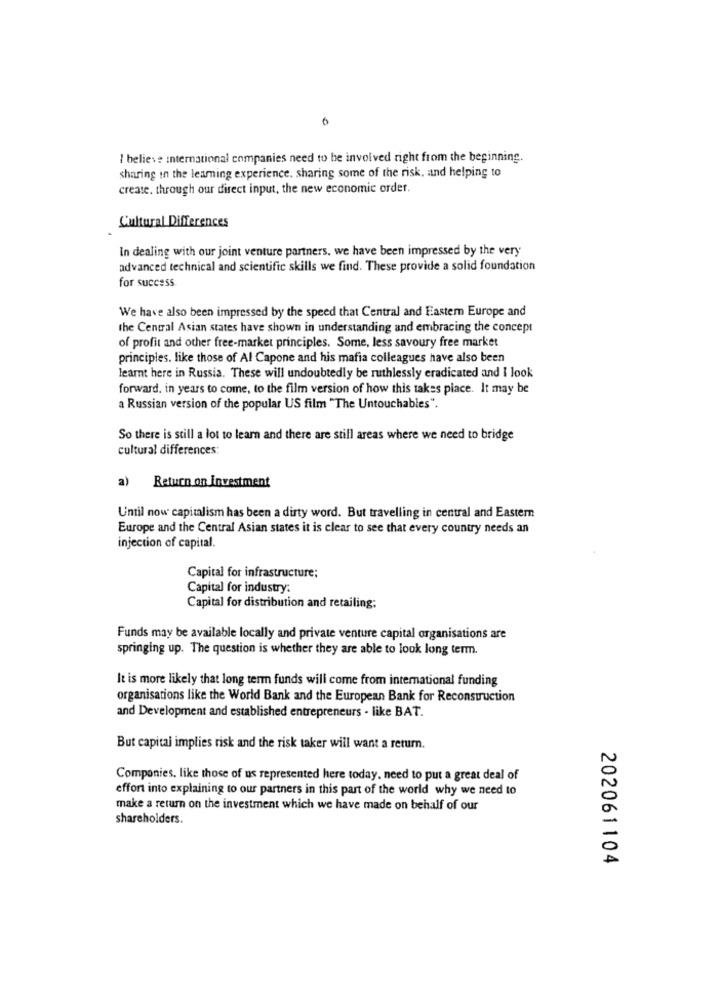
6
I believe international companies need to be involved right from the beginning.
sharing in the learning experience, sharing some of the risk, and helping to
create. through our direct input, the new economic order.
Cultural Differences
In dealing with our joint venture partners, we have been impressed by the very
advanced technical and scientific skills we find. These provide a solid foundation
for success.
We have also been impressed by the speed that Central and Eastern Europe and
the Central Asian states have shown in understanding and embracing the concept
of profit and other free-market principles. Some, less savoury free market
principles. like those of Al Capone and his mafia colleagues have also been
learnt here in Russia. These will undoubtedly be ruthlessly eradicated and I look
forward. in years to come, to the film version of how this takes place. It may be
a Russian version of the popular US film "The Untouchables".
So there is still a lot to learn and there are still areas where we need to bridge
cultural differences:
a) Return on Investment
Until now capitalism has been a dirty word. But travelling in central and Eastern
Europe and the Central Asian states it is clear to see that every country needs an
injection of capital.
Capital for infrastructure:
Capital for industry:
Capital for distribution and retailing:
Funds may be available locally and private venture capital organisations are
springing up. The question is whether they are able to look long term.
It is more likely that long term funds will come from international funding
organisations like the World Bank and the European Bank for Reconstruction
and Development and established entrepreneurs - like BAT.
But capital implies risk and the risk taker will want a return.
Componies, like those of us represented here today, need to put a great deal of
effort into explaining to our partners in this part of the world why we need to
make a return on the investment which we have made on behalf of our
shareholders.
202061104